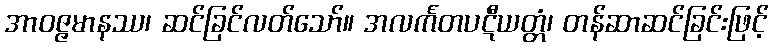
အာဝဇ္ဇမာနဿ၊ ဆင်ခြင်လတ်သော်။ အလင်္ကတပဋီယတ္တံ၊ တန်ဆာဆင်ခြင်းဖြင့်